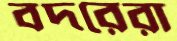
বদরেরা